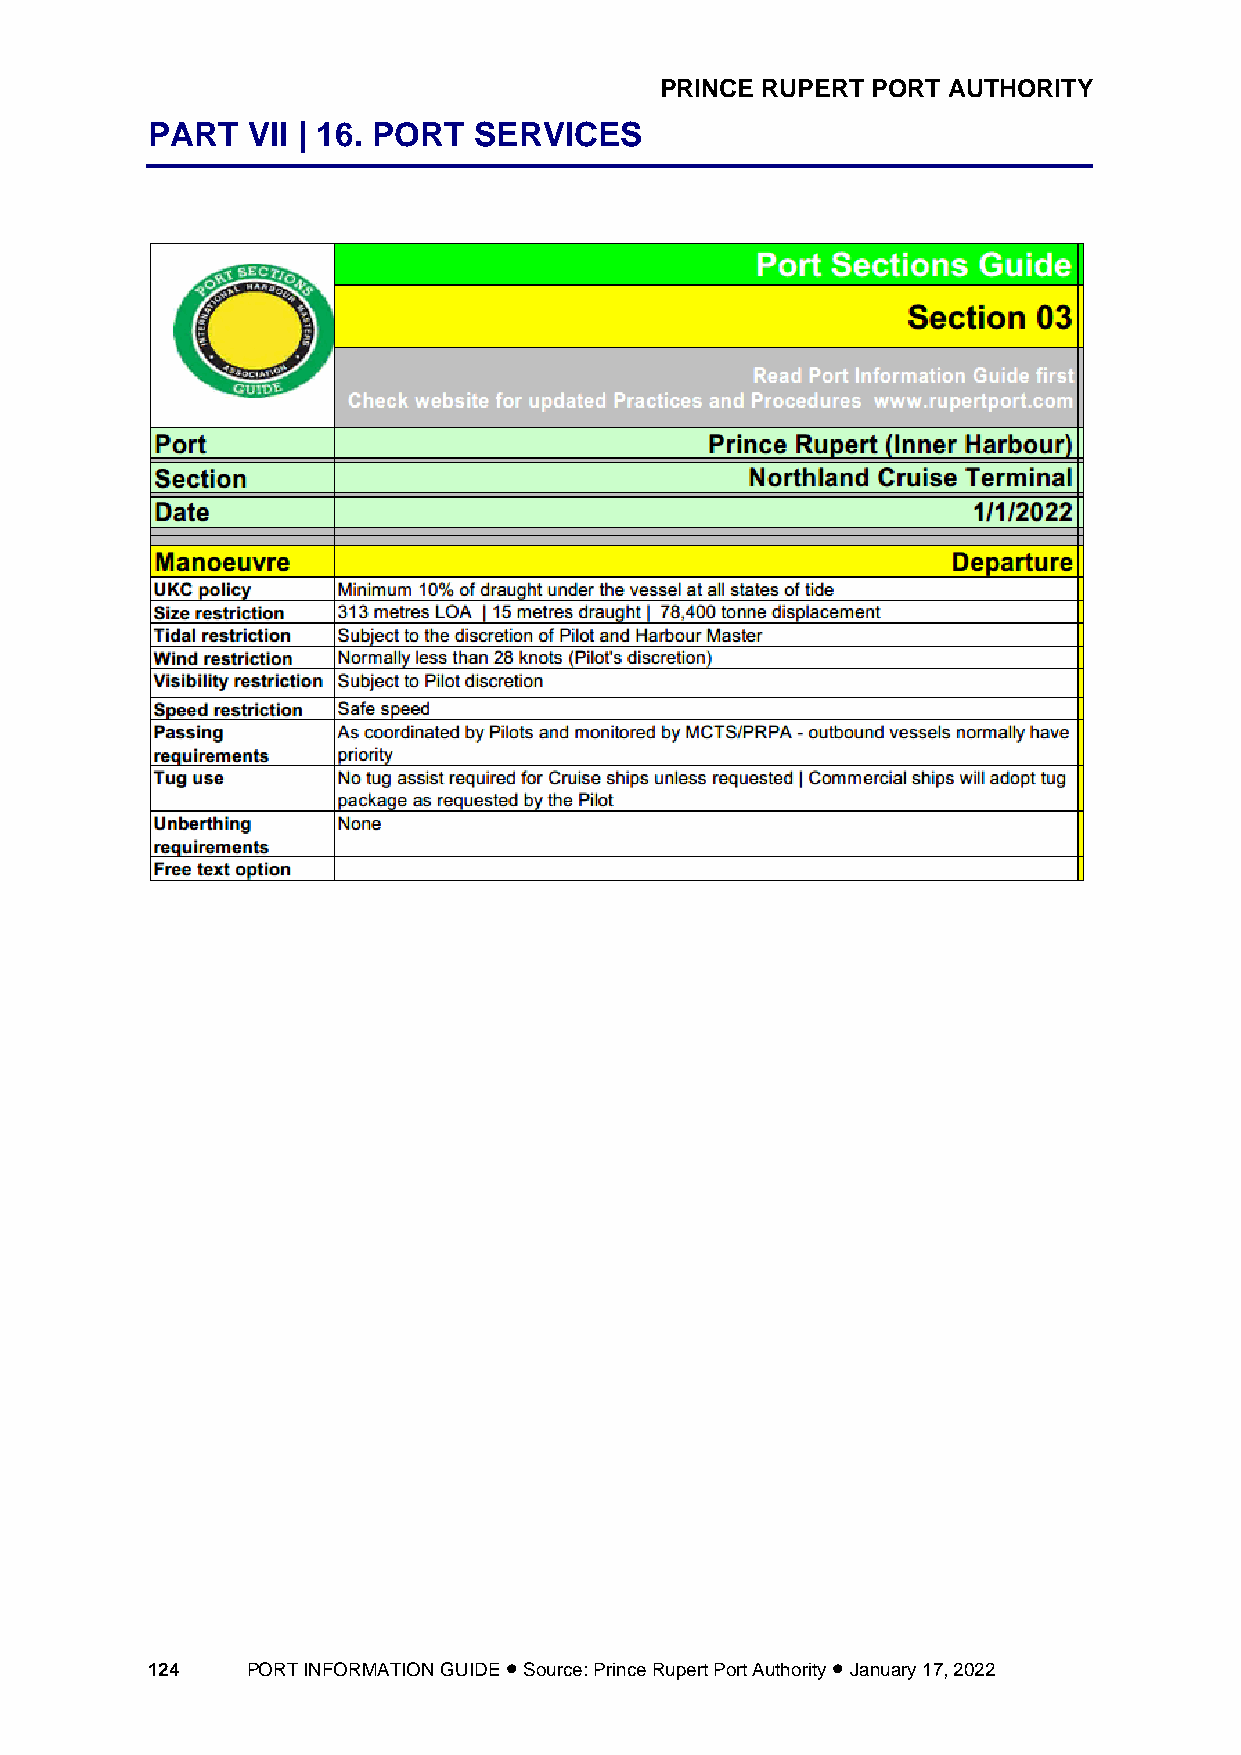
PRINCE RUPERT PORT AUTHORITY
 PART  VII | 16. PORT SERVICES
 124   PORT INFORMATION GUIDE • Source: Prince Rupert Port Authority • January 17, 2022